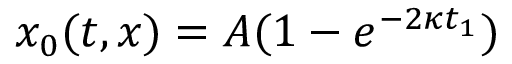
x _ { 0 } ( t , x ) = A ( 1 - e ^ { - 2 \kappa t _ { 1 } } )